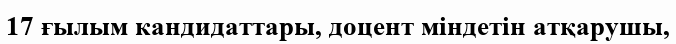
17 ғылым кандидаттары, доцент міндетін атқарушы,